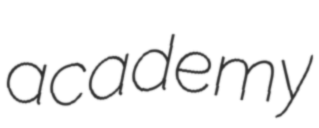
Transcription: academy